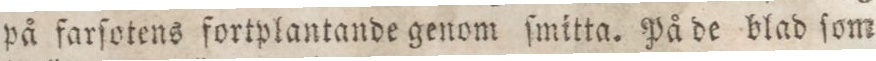
på farſotens fortplantande genom ſmitta. På de blad ſom